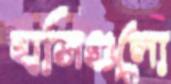
হাসিগুলো